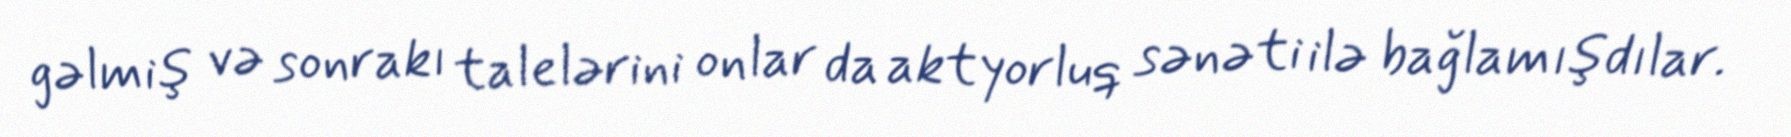
gəlmiş və sonrakı talelərini onlar da aktyorluq sənəti ilə bağlamışdılar.